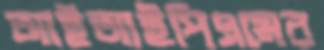
আইআইপিএমের